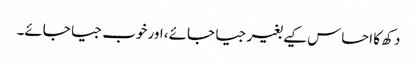
دکھ کا احساس کیے بغیر جیا جائے، اور خوب جیا جائے۔